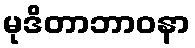
မုဒိတာဘာဝနာ